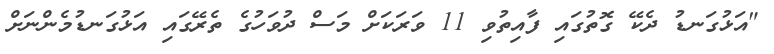
"އަޅުގަނޑު ދެކޭ ގޮތުގައި ފާއިތުވި 11 ވަރަކަށް މަސް ދުވަހުގެ ތެރޭގައި އަޅުގަނޑުމެންނަށް